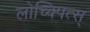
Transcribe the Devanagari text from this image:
लोच्क्पित्स्